Civil Veterinary Department Bengal reports 1923-33 - 1923-1933
Year: 1923
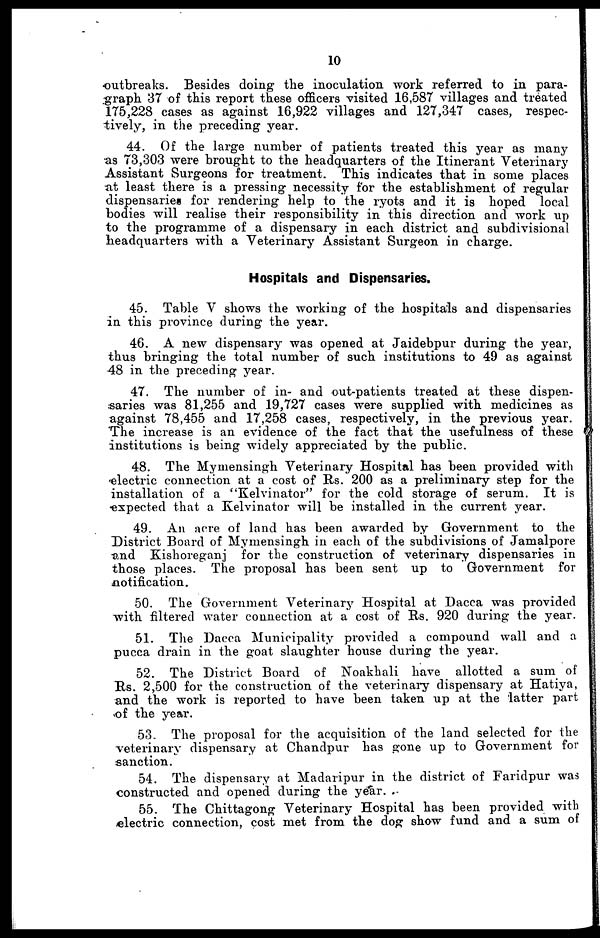
10
outbreaks. Besides doing the inoculation work referred to in para-
graph 37 of this report these officers visited 16,587 villages and treated
175, 228 cases as against 16, 922 villages and 127, 347 cases, respec-
tively, in the preceding year.
44. Of the large number of patients treated this year as many
as 73,303 were brought to the headquarters of the Itinerant Veterinary
Assistant Surgeons for treatment. This indicates that in some places
at least there is a pressing necessity for the establishment of regular
dispensaries for rendering help to the ryots and it is hoped local
bodies will realise their responsibility in this direction and work up
to the programme of a dispensary in each district and subdivisional
headquarters with a Veterinary Assistant Surgeon in charge.
Hospitals and Dispensaries.
45. Table V shows the working of the hospitals and dispensaries
in this province during the year.
46. A new dispensary was opened at Jaidebpur during the year,
thus bringing the total number of such institutions to 49 as against
48 in the preceding year.
47. The number of in- and out-patients treated at these dispen-
saries was 81,255 and 19,727 cases were supplied with medicines as
against 78, 455 and 17, 258 cases, respectively, in the previous year.
The increase is an evidence of the fact that the usefulness of these
institutions is being widely appreciated by the public.
48. The Mymensingh Veterinary Hospital has been provided with
electric connection at a cost of Rs. 200 as a preliminary step for the
installation of a "Kelvinator" for the cold storage of serum. It is
expected that a Kelvinator will be installed in the current year.
49. An acre of land has been awarded by Government to the
District Board of Mymensingh in each of the subdivisions of Jamalpore
and Kishoreganj for the construction of veterinary dispensaries in
those places. The proposal has been sent up to Government for
notification.
50. The Government Veterinary Hospital at Dacca was provided
with filtered water connection at a cost of Rs. 920 during the year.
51. The Dacca Municipality provided a compound wall and a
pucca drain in the goat slaughter house during the year.
52. The District Board of Noakhali have allotted a sum of
Rs. 2,500 for the construction of the veterinary dispensary at Hatiya,
and the work is reported to have been taken up at the latter part
of the year.
53. The proposal for the acquisition of the land selected for the
veterinary dispensary at Chandpur has gone up to Government for
sanction.
54. The dispensary at Madaripur in the district of Faridpur was
constructed and opened during the year.
55. The Chittagong Veterinary Hospital has been provided with
electric connection, cost met from the dog show fund and a sum of